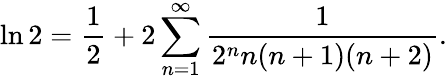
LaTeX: \ln 2={\frac{1}{2}}+2\sum_{n=1}^{\infty}{\frac{1}{2^{n}n(n+1)(n+2)}}.